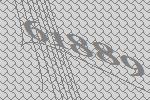
61889